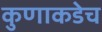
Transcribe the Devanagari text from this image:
कुणाकडेच